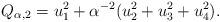
LaTeX: \begin{align*} Q_{\alpha, 2} = u_1^2 + \alpha^{-2} (u_2^2 + u_3^2 + u_4^2). \end{align*}